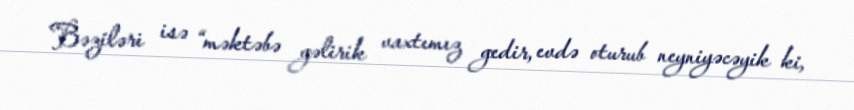
Bəziləri isə “məktəbə gəlirik vaxtımız gedir, evdə oturub neyniyəcəyik ki,